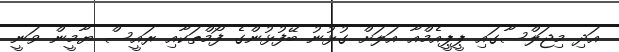
އަދި މިޖަލްސާގައި ޕީޕީއެމްއާ އަލަށް ގުޅުނު ބޭފުޅުންގެ ފޯމްތަކާއި ރައީސް ޔާމީން ވަނީ